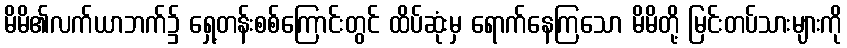
မိမိ၏လက်ယာဘက်၌ ရှေ့တန်းစစ်ကြောင်းတွင် ထိပ်ဆုံးမှ ရောက်နေကြသော မိမိတို့ မြင်းတပ်သားများကို